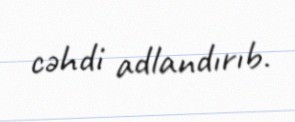
cəhdi adlandırıb.